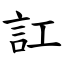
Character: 訌